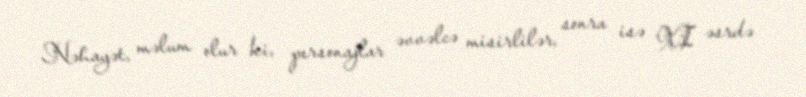
Nəhayət, məlum olur ki, personajlar əvvəlcə misirlilər, sonra isə XI əsrdə